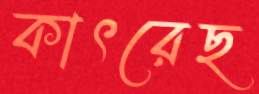
কাৎরেছ